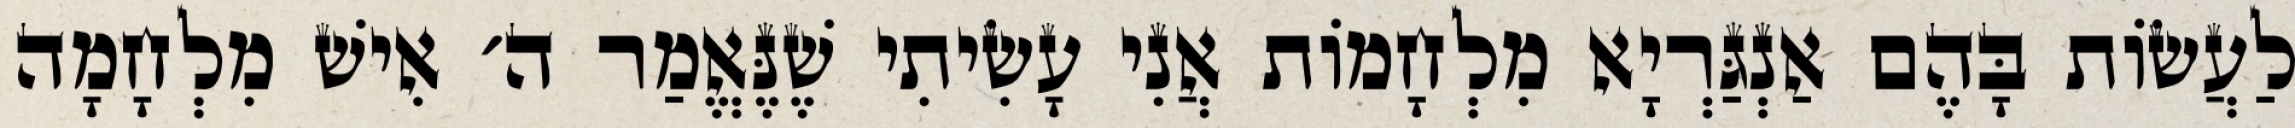
לַעֲשׂוֹת בָּהֶם אַנְגַּרְיָא מִלְחָמוֹת אֲנִי עָשִׂיתִי שֶׁנֶּאֱמַר ה׳ אִישׁ מִלְחָמָה